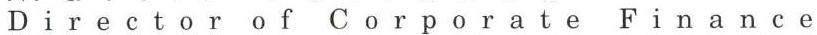
Director of Corporate Finance